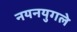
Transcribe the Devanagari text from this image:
नयनयुगले